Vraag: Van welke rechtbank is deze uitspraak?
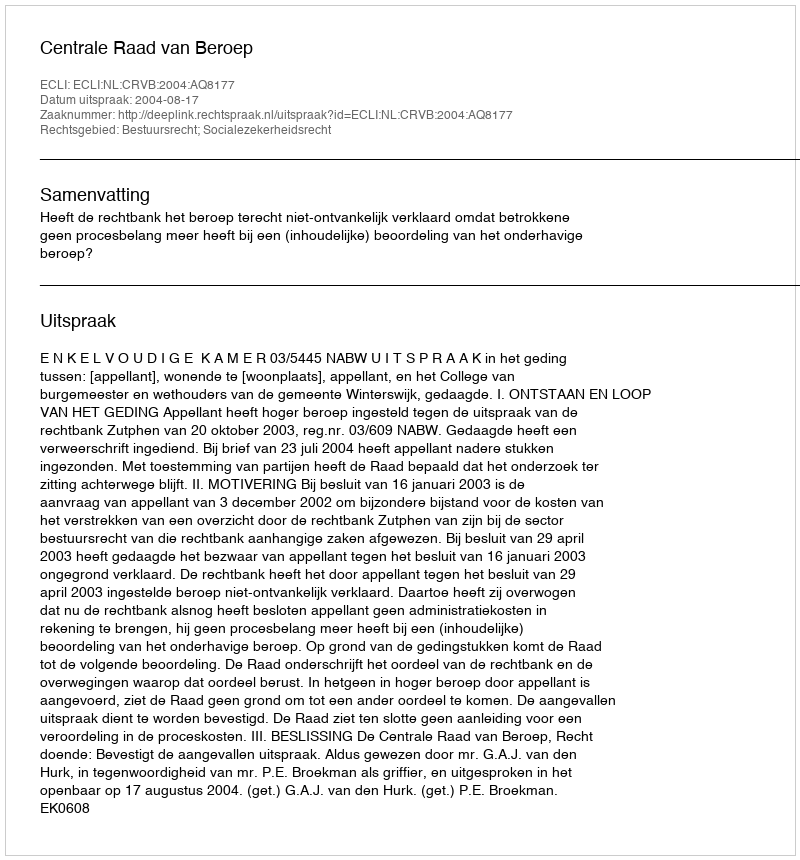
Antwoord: Centrale Raad van Beroep